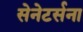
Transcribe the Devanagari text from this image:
सेनेटर्सना